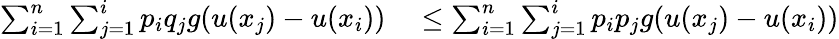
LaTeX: \begin{array}{rl}{\sum_{i=1}^{n}\sum_{j=1}^{i}p_{i}q_{j}g(u(x_{j})-u(x_{i}))}&{{}\leq\sum_{i=1}^{n}\sum_{j=1}^{i}p_{i}p_{j}g(u(x_{j})-u(x_{i}))}\end{array}